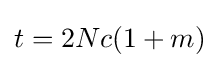
t=2Nc(1+m)